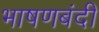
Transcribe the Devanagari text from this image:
भाषणबंदी